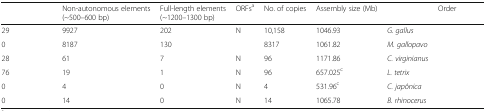
<table><thead><tr><td>[EMPTY_CELL]</td><td><b>Non-autonomous elements (~500–600 bp)</b></td><td><b>Full-length elements (~1200–1300 bp)</b></td><td><b>ORFs<sup>a</sup></b></td><td><b>No. of copies</b></td><td><b>Assembly size (Mb)</b></td><td>[EMPTY_CELL]</td><td><b>Order</b></td></tr></thead><tbody><tr><td>29</td><td>9927</td><td>202</td><td>N</td><td>10,158</td><td>1046.93</td><td><i>G. gallus</i></td><td>[EMPTY_CELL]</td></tr><tr><td>0</td><td>8187</td><td>130</td><td>[EMPTY_CELL]</td><td>8317</td><td>1061.82</td><td><i>M. gallopavo</i></td><td>[EMPTY_CELL]</td></tr><tr><td>28</td><td>61</td><td>7</td><td>N</td><td>96</td><td>1171.86</td><td><i>C. virginianus</i></td><td>[EMPTY_CELL]</td></tr><tr><td>76</td><td>19</td><td>1</td><td>N</td><td>96</td><td>657.025<sup>c</sup></td><td><i>L. tetrix</i></td><td>[EMPTY_CELL]</td></tr><tr><td>0</td><td>4</td><td>0</td><td>N</td><td>4</td><td>531.96<sup>c</sup></td><td><i>C. japônica</i></td><td>[EMPTY_CELL]</td></tr><tr><td>0</td><td>14</td><td>0</td><td>N</td><td>14</td><td>1065.78</td><td><i>B. rhinocerus</i></td><td>[EMPTY_CELL]</td></tr></tbody></table>